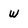
Character: W